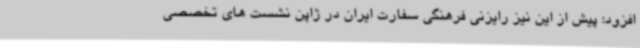
افزود: پیش از این نیز رایزنی فرهنگی سفارت ایران در ژاپن نشست های تخصصی